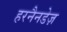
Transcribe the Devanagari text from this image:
हरनैनडेज़